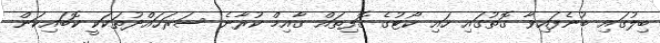
ބިލުގައި ބުނެފައިވާ ގޮތުގައި ހައި ކޯޓުގެ ގޮފިތައް ގާއިމް ކުރާނެ ސަރަހައްދުތަކަކީ ކޮބައިކަން